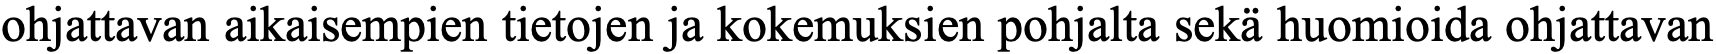
ohjattavan aikaisempien tietojen ja kokemuksien pohjalta sekä huomioida ohjattavan